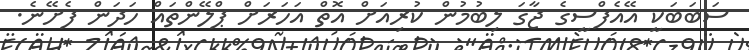
ސަބަބަކީ އޭއެފްސީގެ ޖާގަ ލިބުމުން ކުރިއަށް އޮތް އަހަރަށް ޕްލޭންތައް ހަދަން ފެށޭނެ.